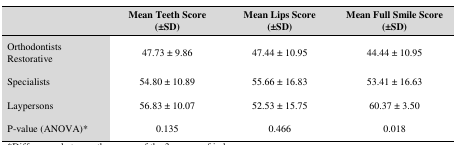
<table><thead><tr><td></td><td><b>Mean Teeth Score(±SD)</b></td><td><b>Mean Lips Score(±SD)</b></td><td><b>Mean Full Smile Score (±SD)</b></td></tr></thead><tbody><tr><td>Orthodontists Restorative </td><td>47.73 ± 9.86</td><td>47.44 ± 10.95</td><td>44.44 ± 10.95</td></tr><tr><td>Specialists</td><td>54.80 ± 10.89</td><td>55.66 ± 16.83</td><td>53.41 ± 16.63</td></tr><tr><td>Laypersons</td><td>56.83 ± 10.07</td><td>52.53 ± 15.75</td><td>60.37 ± 3.50</td></tr><tr><td>P-value (ANOVA)*</td><td>0.135</td><td>0.466</td><td>0.018</td></tr></tbody></table>